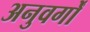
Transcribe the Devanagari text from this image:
अनुवर्गों